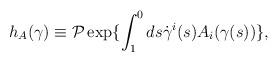
LaTeX: \begin{align*}h_{A}(\gamma)\equiv {\cal P}\exp\{\int_{1}^{0}ds\dot{\gamma}^{i}(s) A_{i}(\gamma(s))\},\end{align*}